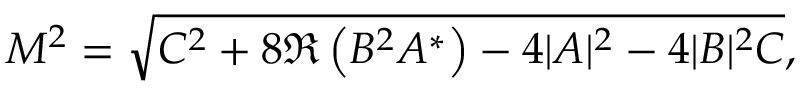
M ^ { 2 } = \sqrt { C ^ { 2 } + 8 \Re \left( B ^ { 2 } A ^ { * } \right) - 4 | A | ^ { 2 } - 4 | B | ^ { 2 } C } ,